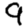
Digit: 9